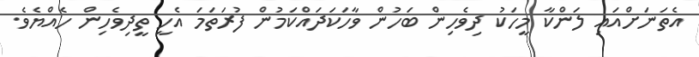
އެތަނަށްއައި ލަންކާ މީހަކު ދިވެހިން ބަހުން ވާހަކަދައްކަމުން ފުރަތަމަ އެހީ ތީދިވެހިން ހެއްޔެވެ.